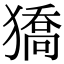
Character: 獢